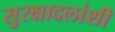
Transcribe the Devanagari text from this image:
सुरक्षादलांशी